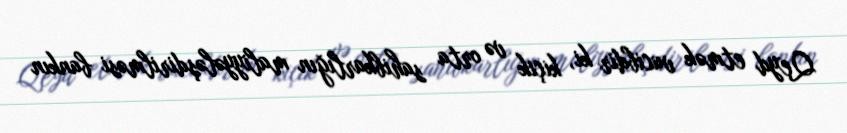
Qeyd etmək vacibdir ki, kiçik və orta sahibkarlığın maliyyələşdirilməsi bankın